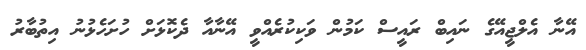
އޭނާ އެލްޖީއޭގެ ނައިބް ރައީސް ކަމުން ވަކިކުރެއްވީ އޭނާއާ ދެކޮޅަށް ހުށަހެޅުނު އިތުބާރު